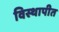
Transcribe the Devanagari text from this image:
विस्थापीत